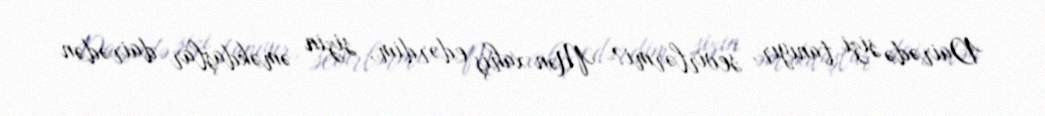
Dairədə sizi tanıyır, sevirlərmi?- Mən xahiş edərdim, sizin əməkdaşlar dairədən